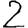
Digit: 2